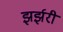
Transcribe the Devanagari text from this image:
झर्झरी